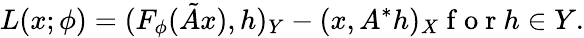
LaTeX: L(x;\phi)={(F_{\phi}(\tilde{A}x),h)_{Y}-(x,A^{*}h)_{X}}\mathrm{~f~o~r~}h\in Y.